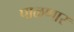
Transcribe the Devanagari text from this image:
पाळणार